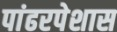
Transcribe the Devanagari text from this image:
पांढरपेशास